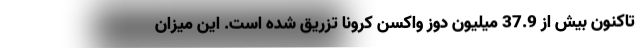
تاکنون بیش از 37.9 میلیون دوز واکسن کرونا تزریق شده است. این میزان